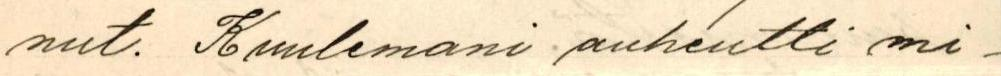
nut. Kuulemani auheutti mi-